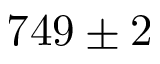
7 4 9 \pm 2